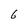
Character: 6